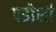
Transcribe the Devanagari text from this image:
पडोशी